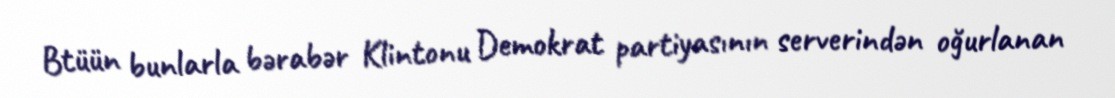
Btüün bunlarla bərabər Klintonu Demokrat partiyasının serverindən oğurlanan